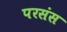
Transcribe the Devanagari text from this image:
परसंस